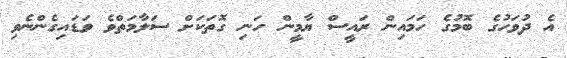
އެ ދުވަހުގެ ބޮމުގެ ހަމައިން ރައީސް ޔާމީން ހަނި ގޮތަކަށް ސަލާމަތްވެ ވަަޑައިގެންނެވި